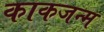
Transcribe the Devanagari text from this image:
काकजन्म